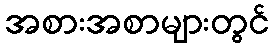
အစားအစာများတွင်